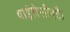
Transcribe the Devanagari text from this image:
थाईलेसीनहै।